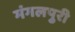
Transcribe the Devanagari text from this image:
मंगलपुरी